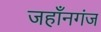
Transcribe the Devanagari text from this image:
जहाँनगंज